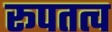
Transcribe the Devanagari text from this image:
रूपतत्व